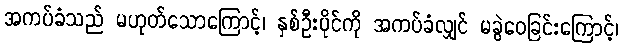
အကပ်ခံသည် မဟုတ်သောကြောင့်၊ နှစ်ဦးပိုင်ကို အကပ်ခံလျှင် မခွဲဝေခြင်းကြောင့်၊